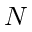
N